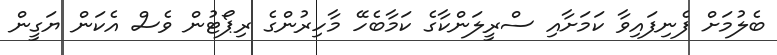
ބެލުމަށް ފެނިފައިވާ ކަމަށާއި ސްރީލަންކާގެ ކަމާބެހޭ މާހިރުންގެ ރިޕޯޓުން ވެސް އެކަން ޔަގީން